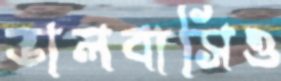
ভালবাসিও